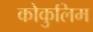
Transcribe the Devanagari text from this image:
कोकुलिम